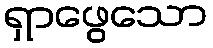
ရှာဖွေသော